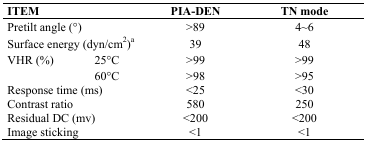
| <COLSPAN=2> ITEM | PIA-DEN | TN mode |
 | --- | --- | --- | --- |
 | <COLSPAN=2> Pretilt angle (°) | >89 | 4~6 |
 | <COLSPAN=2> Surface energy (dyn/cm2)a | 39 | 48 |
 | <ROWSPAN=2> VHR (%) | 25°C | >99 | >99 |
 | 60°C | >98 | >95 |
 | <COLSPAN=2> Response time (ms) | <25 | <30 |
 | <COLSPAN=2> Contrast ratio | 580 | 250 |
 | <COLSPAN=2> Residual DC (mv) | <200 | <200 |
 | <COLSPAN=2> Image sticking | <1 | <1 |